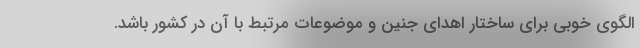
الگوی خوبی برای ساختار اهدای جنین و موضوعات مرتبط با آن در کشور باشد.